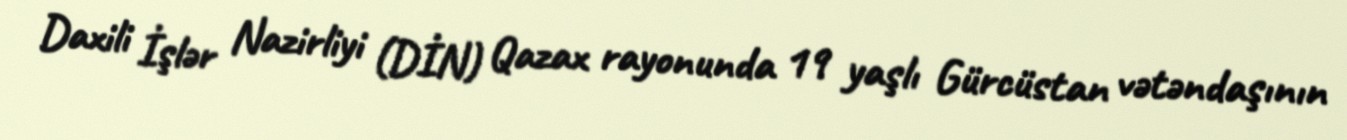
Daxili İşlər Nazirliyi (DİN) Qazax rayonunda 19 yaşlı Gürcüstan vətəndaşının